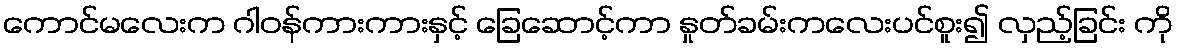
ကောင်မလေးက ဂါဝန်ကားကားနှင့် ခြေဆောင့်ကာ နှုတ်ခမ်းကလေးပင်စူး၍ လှည့်ခြင်း ကို